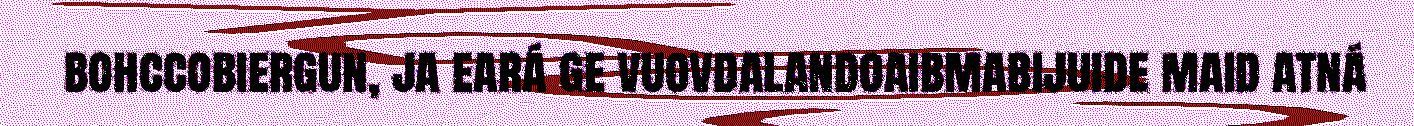
bohccobiergun, ja eará ge vuovdalandoaibmabijuide maid atná